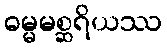
ဓမ္မမစ္ဆရိယဿ